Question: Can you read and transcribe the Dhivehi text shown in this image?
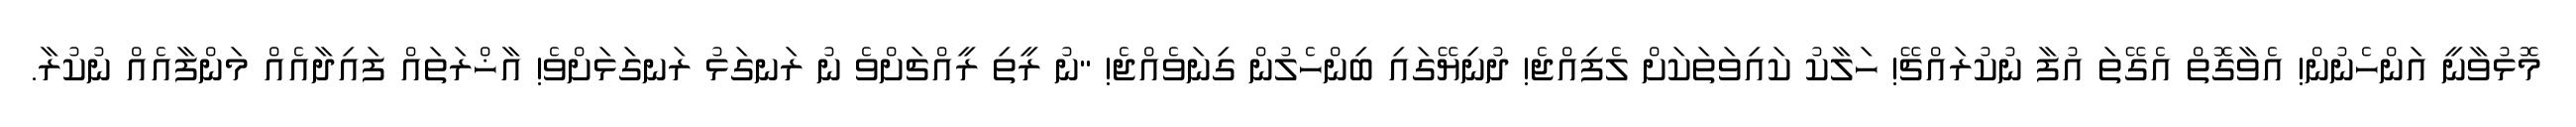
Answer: މޮޅުވާނީ އަންހެނުން! އެވާގޮތް އެގޭތަ އުފާ ނުކުރައްޗޭ! ހަލާކު ކައިވަތަކަށް ލެފިއްޖެ! ދުނިޔޭގައި ބިންހެލުން ގިނަވެއްޖެ! "ނު ރީތި ރީއްޗަށްވެ ނު ރަނގަޅު ރަނގަޅަށްވެ! އާޚްރަތައް ފައިދާއެއް މަންފާއެއް ނުކުރާ.